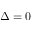
\Delta = 0